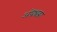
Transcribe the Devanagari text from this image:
अंध्रश्रद्धा